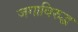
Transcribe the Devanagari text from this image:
जगाविरुद्ध